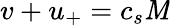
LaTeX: v+u_{+}=c_{s}\mathit{M}